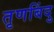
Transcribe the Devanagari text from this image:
तृणबिंदु